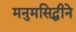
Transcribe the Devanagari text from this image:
मनुमसिद्धीने